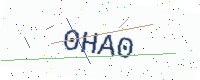
Text: 0HA0